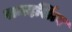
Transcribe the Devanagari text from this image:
समदर्शित्व